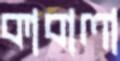
কাবালা